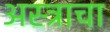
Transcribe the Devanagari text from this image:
अस्त्राचा